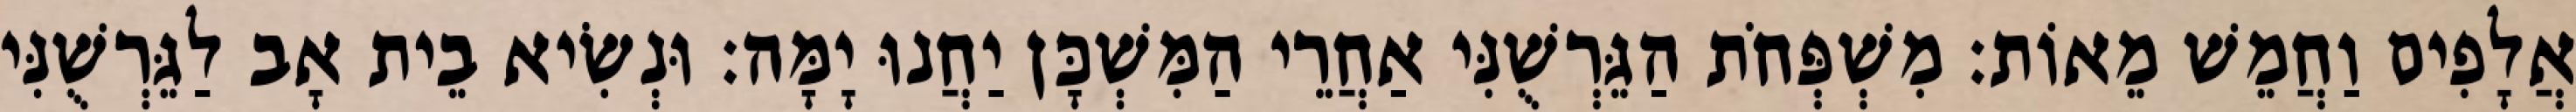
אֲלָפִים וַחֲמֵשׁ מֵאוֹת׃ מִשְׁפְּחֹת הַגֵּרְשֻׁנִּי אַחֲרֵי הַמִּשְׁכָּן יַחֲנוּ יָמָּה׃ וּנְשִׂיא בֵית אָב לַגֵּרְשֻׁנִּי